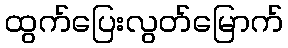
ထွက်ပြေးလွတ်မြောက်